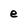
Character: e